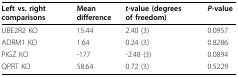
| Left vs. right comparisons | Mean difference | t-value (degrees of freedom) | P-value |
 | --- | --- | --- | --- |
 | UBE2R2 KO | 15.44 | 2.40 (3) | 0.0957 |
 | ADRM1 KO | 1.64 | 0.24 (3) | 0.8286 |
 | PIGZ KO | -177 | -2.48 (3) | 0.0894 |
 | QPRT KO | 58.64 | 0.72 (3) | 0.5229 |